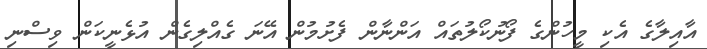
އާއިލާގެ އެކި މީހުންގެ ފޯނުކޯލުތައް އަންނާން ފެށުމުން އޭނަ ގެއްލިގެން އުޅެނީކަން ވިސްނި